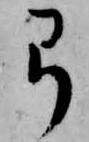
弓